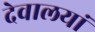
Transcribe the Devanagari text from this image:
देवालयां